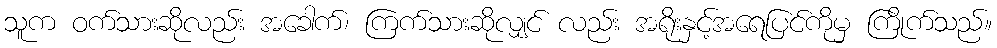
သူက ဝက်သားဆိုလည်း အခေါက်၊ ကြက်သားဆိုလျှင် လည်း အရိုးနှင့်အရေပြင်ကိုမှ ကြိုက်သည်။